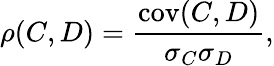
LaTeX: \rho(C,D)=\frac{\mathrm{cov}(C,D)}{\sigma_{C}\sigma_{D}},